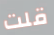
قلت